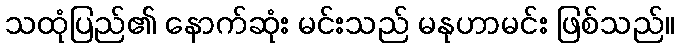
သထုံပြည်၏ နောက်ဆုံး မင်းသည် မနုဟာမင်း ဖြစ်သည်။